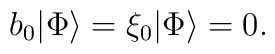
b_0|\Phi\rangle=\xi_0|\Phi\rangle=0.